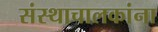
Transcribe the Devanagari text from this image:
संस्थाचालकांना